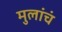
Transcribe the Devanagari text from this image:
मुलांचं